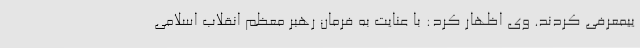
ییمعرفی کردند. وی اظهار کرد: با عنایت به فرمان رهبر معظم انقلاب اسلامی